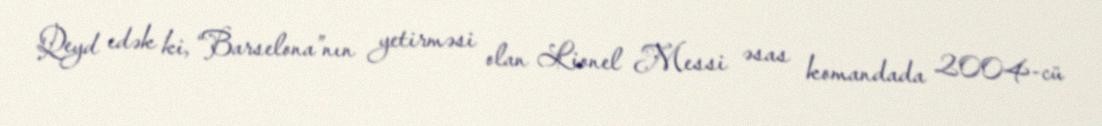
Qeyd edək ki, “Barselona”nın yetirməsi olan Lionel Messi əsas komandada 2004-cü